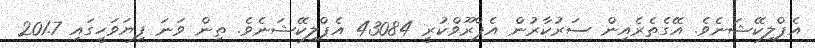
އެޕްލިކޭޝަނެވެ. އޭގެތެރެއިން ސަރުކާރުން އެޕްރޫވްކުރީ 43084 އެޕްލިކޭޝަނެވެ. ތިން ވަނަ ފިޔަވަހީގައި 201.7